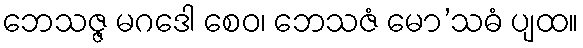
ဘေသဇ္ဇ မဂဒေါ စေဝ၊ ဘေသဇံ မော’သဓံ ပျထ။